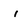
Character: i